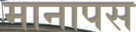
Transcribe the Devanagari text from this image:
मानापस